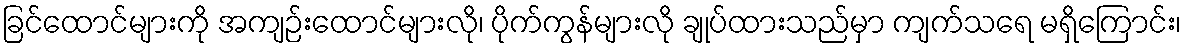
ခြင်ထောင်များကို အကျဉ်းထောင်များလို၊ ပိုက်ကွန်များလို ချုပ်ထားသည်မှာ ကျက်သရေ မရှိကြောင်း၊